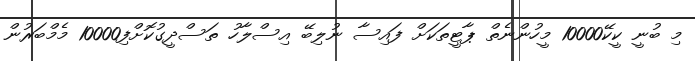
މި ބުނީ ކީކޭ10000 މީހުންނެތް ޕާޓީތަކަށް ފައިސާ ނުލިބޭ އިސްލާހު ތަސްދީގުކޮށްފި10000 މެމްބަރުން